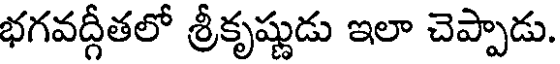
భగవద్గీతలో శ్రీకృష్ణుడు ఇలా చెప్పాడు.